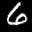
Label: 6